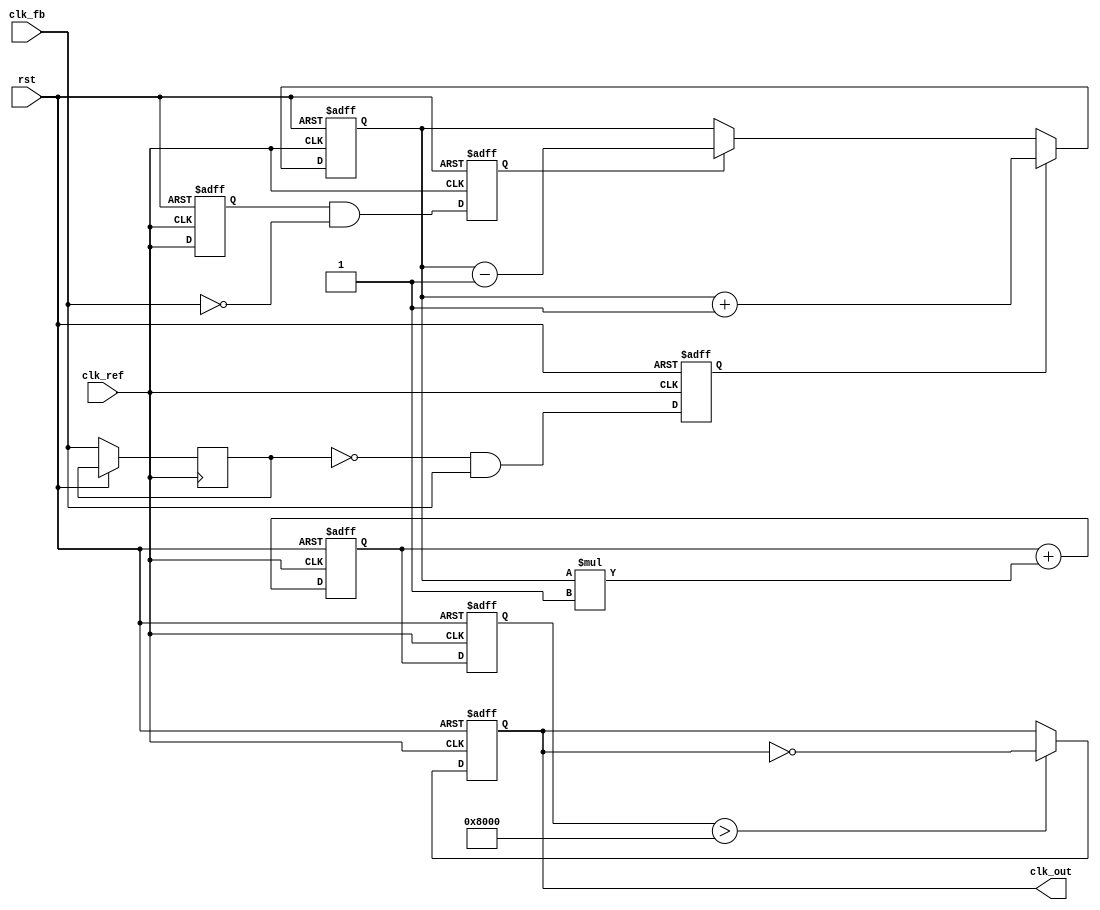
module cp_pll (
    input wire clk_ref,        // Reference clock input
    input wire clk_fb,         // Feedback clock input from VCO
    input wire rst,            // Reset signal
    output reg clk_out         // Output clock signal
);

// PFD signals
reg pfd_up, pfd_down;
reg pfd_last_ref, pfd_last_fb;

// Charge Pump signals
reg [7:0] charge_pump_current; // Charge pump current level
reg [15:0] control_voltage;     // Control voltage to VCO

// Loop Filter parameters
parameter FILTER_GAIN = 8'h1;   // Gain of the loop filter
parameter FILTER_TIME_CONSTANT = 16'h0001; // Time constant for the filter

// VCO parameters
reg [15:0] vco_frequency;        // VCO frequency control
reg [15:0] vco_output;           // VCO output clock

// Feedback Divider parameters
parameter DIVIDER_RATIO = 4;     // Feedback divider ratio

// PFD Logic
always @(posedge clk_ref or posedge rst) begin
    if (rst) begin
        pfd_last_ref <= 1'b0;
        pfd_up <= 1'b0;
        pfd_down <= 1'b0;
    end else begin
        pfd_up <= (pfd_last_fb == 1'b0 && clk_fb == 1'b1);
        pfd_down <= (pfd_last_ref == 1'b1 && clk_fb == 1'b0);
        pfd_last_ref <= clk_ref;
        pfd_last_fb <= clk_fb;
    end
end

// Charge Pump Logic
always @(posedge clk_ref or posedge rst) begin
    if (rst) begin
        charge_pump_current <= 8'h00;
    end else begin
        if (pfd_up) begin
            charge_pump_current <= charge_pump_current + 1;
        end else if (pfd_down) begin
            charge_pump_current <= charge_pump_current - 1;
        end
    end
end

// Loop Filter Logic
always @(posedge clk_ref or posedge rst) begin
    if (rst) begin
        control_voltage <= 16'h0000;
    end else begin
        control_voltage <= control_voltage + (charge_pump_current * FILTER_GAIN);
    end
end

// VCO Logic
always @(posedge clk_ref or posedge rst) begin
    if (rst) begin
        vco_frequency <= 16'h0000;
        clk_out <= 1'b0;
    end else begin
        vco_frequency <= control_voltage; // Control voltage directly sets frequency
        // Generate output clock based on VCO frequency
        if (vco_frequency > 16'h8000) begin // Example threshold for toggling
            clk_out <= ~clk_out;
        end
    end
end

// Feedback Divider Logic
reg [1:0] divider_count; // Simple counter for feedback division
always @(posedge clk_out or posedge rst) begin
    if (rst) begin
        divider_count <= 2'b00;
    end else begin
        if (divider_count == DIVIDER_RATIO - 1) begin
            divider_count <= 2'b00;
        end else begin
            divider_count <= divider_count + 1;
        end
    end
end

endmodule